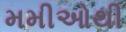
મમીઓથી